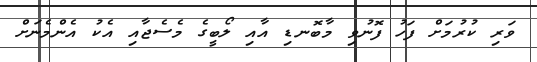
ވަރި ކުރުމަށް ފަހު ފޮނުވި މާބޮނޑި އާއި ލޯބީގެ މެސެޖާއި އެކު އެންމެނަށް